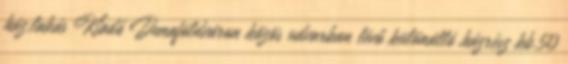
ház,lakás Kiadó Dunaföldváron közös udvarban lévő különálló házrész kb.50